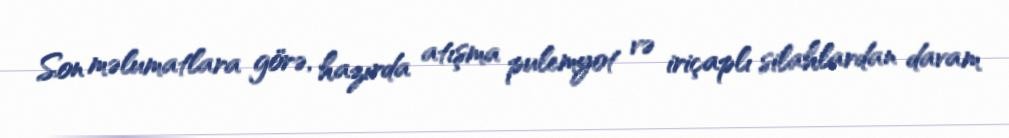
Son məlumatlara görə, hazırda atışma pulemyot və iriçaplı silahlardan davam